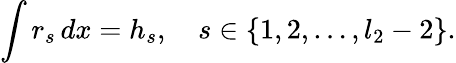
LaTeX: \int r_{s}\, dx=h_{s},\quad s\in\{ 1,2,\ldots,l_{2}-2\} .